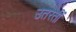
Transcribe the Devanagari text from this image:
उतरतीं